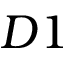
D 1